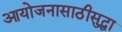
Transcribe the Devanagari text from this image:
आयोजनासाठीसुद्धा